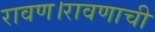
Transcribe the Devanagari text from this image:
रावण।रावणाची